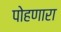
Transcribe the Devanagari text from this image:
पोहणारा